NAE_ERA_R-1950_Eesti_Ajakirjanike_Liit, lk 64
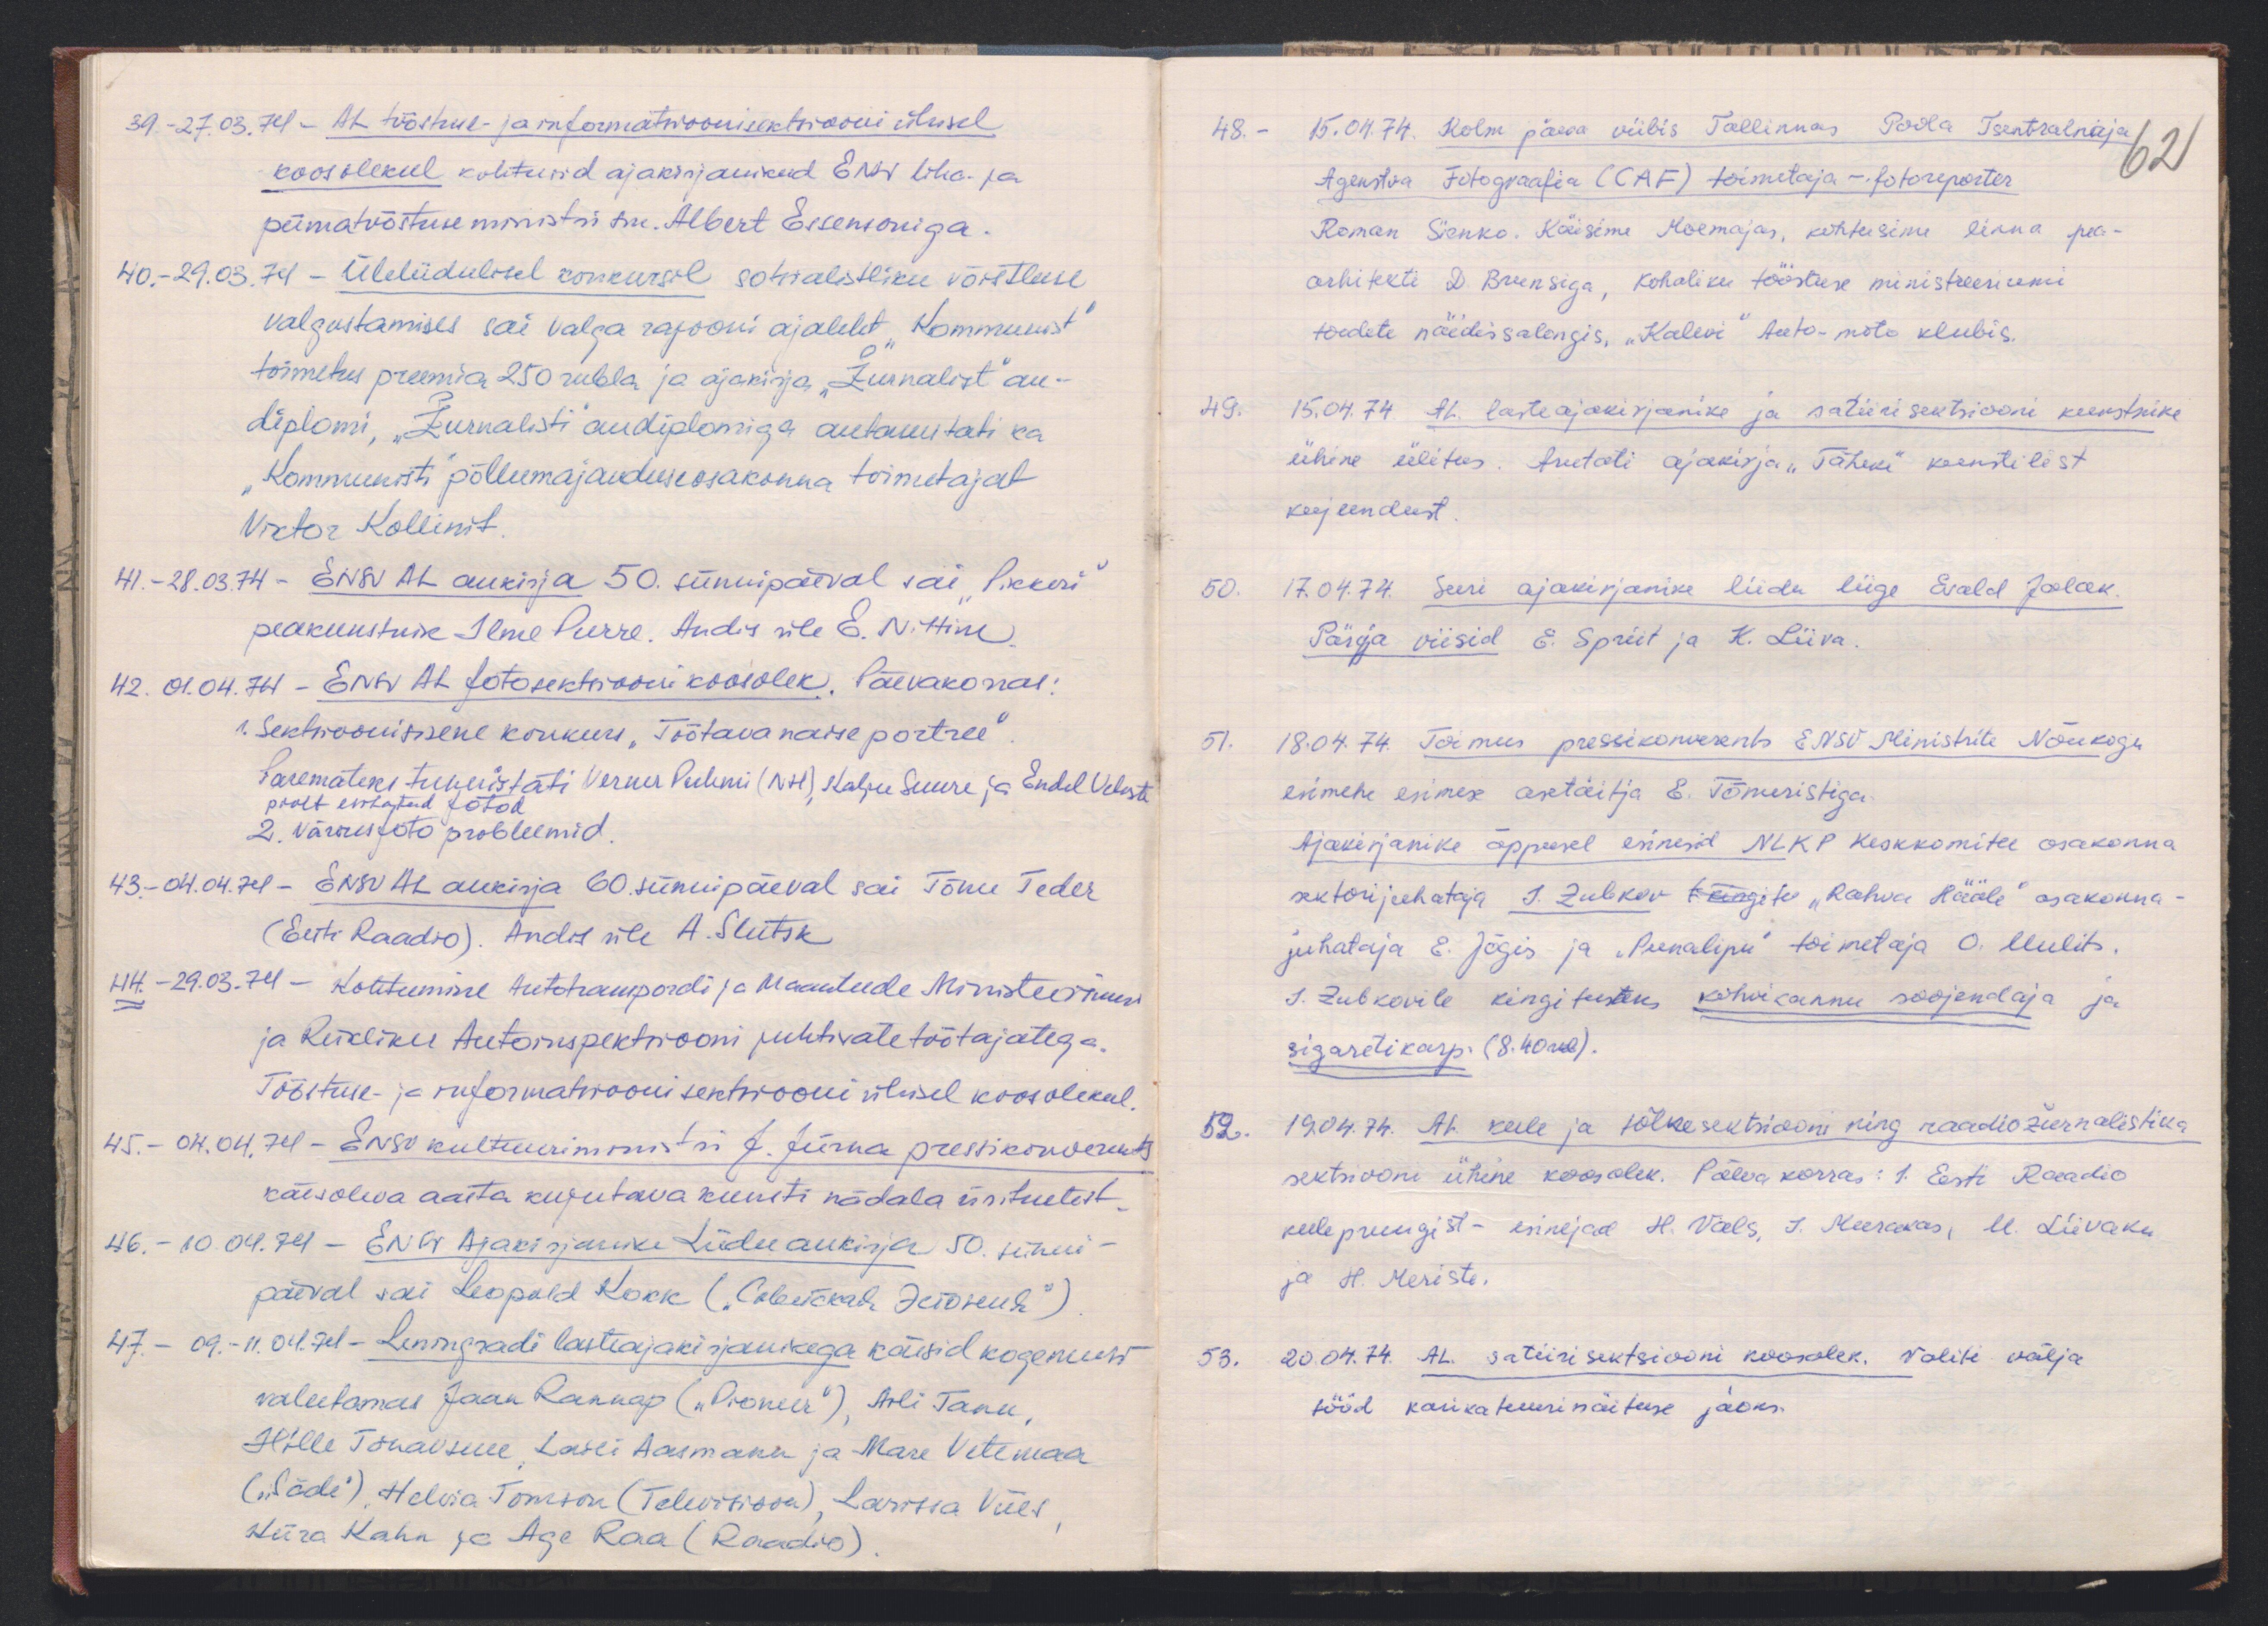
39. - 27.03.74 - AL tööstuse- ja informatsioonisektsiooni ühisel
koosolekul kohtusid ajakirjanikud ENSV liha- ja
piimatööstuse ministri sm. Albert Essensoniga.
40. - 29.08.74 - Üleliidulisel konkursil sotsialistliku võistluse
valgustamises sai Valga rajooni ajaleht "Kommunist"
toimetus preemia 250 rubla ja ajakirja "Žurnalist" au-
diplomi, "Žurnalisti" audiplomiga autasustati ka
"Kommunisti" põllumajanduseosakonna toimetajat
Viktor Kollinit
41. - 28.03.74 - ENSV AL aukirja 50. sünnipäeval sai "Pikkeri"
peakunstnik Ilme Purre. Andis üle E. Nittim
42. 01.04.74. - ENSV AL fotosektsiooni koosolek. Päevakorras:
1. Sektsioonisisene konkurs "Töötava naise portree"
Paremateks tunnistati Verner Puhmi (NH) Kalju Suure ja Endel Veleste
poolt esitatud fotod
2. värvusfoto probleemid
43. 04.04.74 - ENSV AL aukirja 60 sünnipäeval sai Tõnu Teder
(Eesti Raadio). Andis üle A. Slutsk
44 - 29.03.74 - kohtumine Autotranspordi ja Maanteede Ministeerium
ja Riikliku Autoinspektsiooni juhtivate töötajatega.
Tööstuse- ja reformatsiooni sektsiooni ühisel koosolekul
45. - 04.04.74 - ENSV kultuuriministri J. Jürna pressikonverents
käesoleva aasta kujutava kunsti nädala üritustest.
46. - 10.04.74 - ENSV Ajakirjanike Liidu aukirja 50. sünni-
päeval sai Leopold Kokk (Совелскаь делоння")
47. - 11.04.74 - Leningradi lasteajakirjanikega käisid kogemust
vahetamas Jaan Rannap ("Pioneer"), Arli Tanu
Hille Tänavsuu, Lauri Aasmann ja Mare Vetemaa
("Säde") Helvia Tomson (Televisioon), Larissa Viies
Kiira Kahn ja Age Raa (Raadio).

48. - 15.04.74. Kolm päeva viibis Tallinnas Poola Tsentralnaja
62
Agenstva Fotograafia (CAF) toimetaja - fotoreporter
Roman Sienko. Käisime Moemajas, kohtusime linna pea-
arhitekti D. Brunsiga, kohaliku tööstuse ministreeriumi
toodete näidissalongis, "Kalevi" Auto-moto klubis.
49. 15.04.74 AL lasteajakirjanike ja satiirisektsiooni kunstnike
ühine üritus. Arutati ajakirja "Täheke" kuntilist
kujundust
50. 17.04.74. Suri ajakirjanike liidu liige Evald Jalak.
Pärja viisid E. Spriit ja K. Liiva.
51. 18.04.74. Toimus pressikonverents ENSV Ministrite Nõukogu
esimehe esimese astäitja E. Tõnuristiga
Ajakirjanike õppusel esinesid NLKP Keskkomitee osakonna
sektori juhataja I. Zubkov töögite "Rahva Hääle" osakonna-
juhataja E. Jõgis ja "Punalipu" toimetaja O. Uulits.
I. Zubkovile kingitusteks kohvikannu soojendaja ja
sigaretikarp (8.40 rub).
52. 19.04.74. AL keele ja tõlkesektsiooni ning raadiožurnalistika
sektsiooni ühine koosolek. Päevakorras: 1. Eesti Raadio
keelepruugist - esinejad H. Vals, J. Murakas, M. Liivaku
ja H. Meriste.
53. 20.04.74. AL. satiirisektsiooni koosolek. Valiti välja
tööd karikatuurinäituse jaoks.